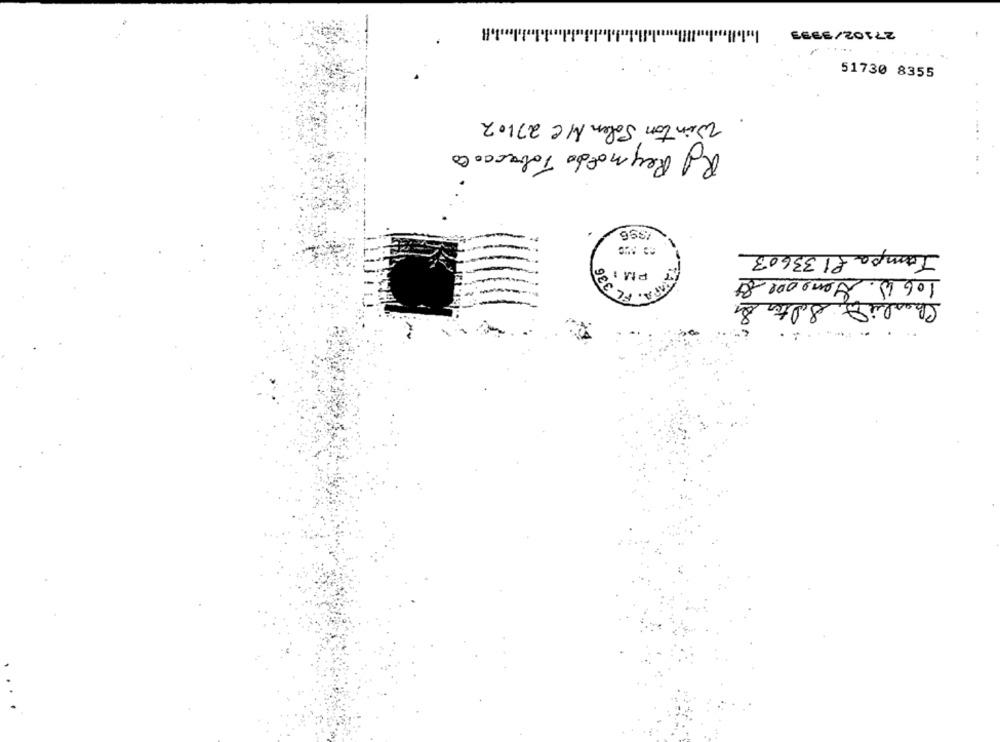
27102/3993
51730 8355
Winton Solen MC 27102
RJ Reynolds Tobacco Co
396
Jampa §1 33603
-
RM18
PAPA, FL 3
106 W. Gensove &t
Charlie Q, Salter &
..........